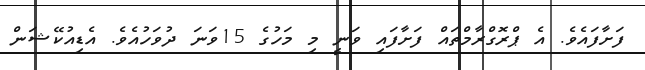
ފަށާފައެވެ. އެ ޕްރޮގްރާމްތައް ފަށާފައި ވަނީ މި މަހުގެ 15ވަނަ ދުވަހުއެވެ. އެޑިއުކޭޝަން